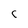
Character: C